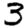
Digit: 3